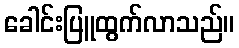
ခေါင်းပြူထွက်လာသည်။